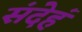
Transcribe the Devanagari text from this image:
संदेहं